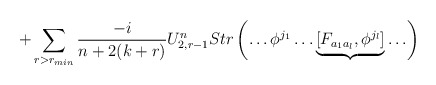
\begin{align*}+\sum_{r>r_{min}}\frac{-i}{n+2(k+r)}U^n_{2,r-1}Str\left(\ldots \phi^{j_1}\ldots \underbrace{[F_{a_1a_l},\phi^{j_l}]}\ldots \right)\end{align*}